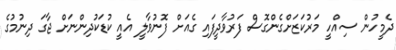
ދެމީހުން ސިއްހީ މަރުކަޒަށްގެންގޮސް ފަރުވާދީފައި ގެއަށް ފޮނުވާލީ އެއީ ކުޑަކުދިންނަށް ޖާގަ ދިނުމުގެ